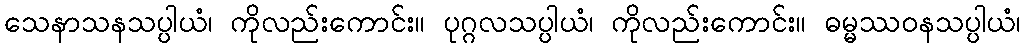
သေနာသနသပ္ပါယံ၊ ကိုလည်းကောင်း။ ပုဂ္ဂလသပ္ပါယံ၊ ကိုလည်းကောင်း။ ဓမ္မဿဝနသပ္ပါယံ၊